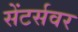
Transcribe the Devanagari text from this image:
सेंटर्सवर